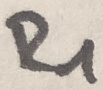
Text: R1